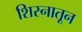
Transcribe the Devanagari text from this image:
शिस्नातून